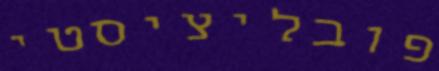
פובליציסטי